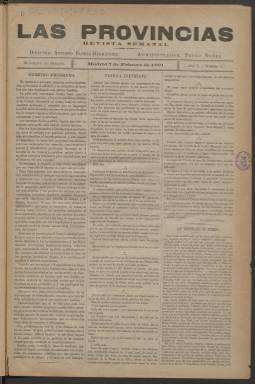
Título: Las Provincias (Madrid)
Colección: Periódicos
Ámbito geográfico: Madrid
Lugar de publicación: Madrid
Fechas: 07/02/1891-26/12/1891